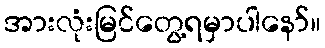
အားလုံးမြင်တွေ့ရမှာပါနော်။